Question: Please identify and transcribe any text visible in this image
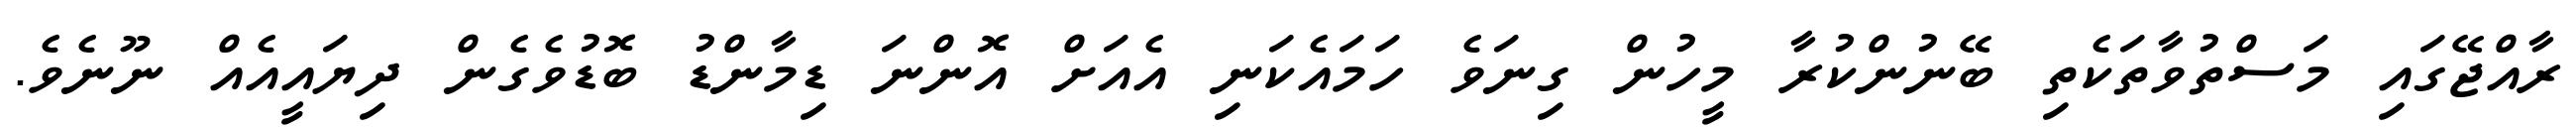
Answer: ރާއްޖޭގައި މަސްތުވާތަކެތި ބޭނުންކުރާ މީހުން ގިނަވެ ހަމައެކަނި އެއަށް އޮންނަ ޑިމާންޑު ބޮޑުވެގެން ދިޔައީއެއް ނޫނެވެ.